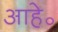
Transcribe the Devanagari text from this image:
आहे॰